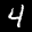
Label: 4